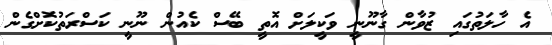
އެ ހާލަތުގައި ޒުވާން ގާނޫނީ ވަކީލަށް އޮތީ ބޭސް ކެއުން ނޫނީ ކަސްރަތުކޮށްގެން